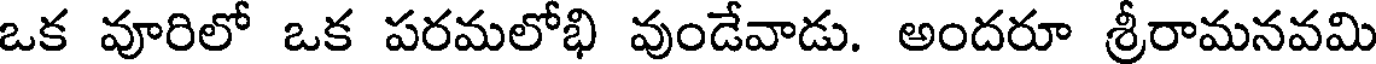
ఒక వూరిలో ఒక పరమలోభి వుండేవాడు. అందరూ శ్రీరామనవమి